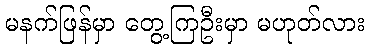
မနက်ဖြန်မှာ တွေ့ကြဦးမှာ မဟုတ်လား